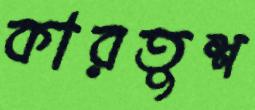
কারতুশ